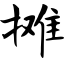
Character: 摊